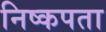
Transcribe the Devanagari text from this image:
निष्कपता